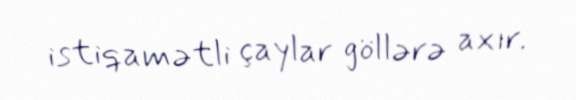
istiqamətli çaylar göllərə axır.